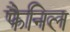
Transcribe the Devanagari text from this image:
फैनिल